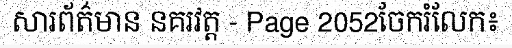
សារព័ត៌មាន នគរវត្ត - Page 2052ចែករំលែក៖